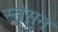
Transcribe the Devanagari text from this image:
स्तेसन